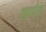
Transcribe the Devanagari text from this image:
अर्पाद